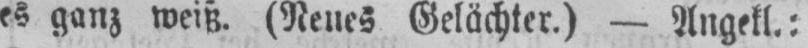
es ganz weiß. (Neues Gelächter.) - Angekl.: